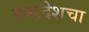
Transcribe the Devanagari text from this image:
ब्रम्हदेशचा